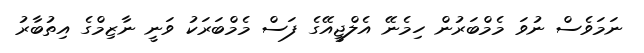
ނަމަވެސް ނުވަ މެމްބަރުން ހިމެނޭ އެލްޖީއޭގެ ފަސް މެމްބަރަކު ވަނީ ނާޒިމްގެ އިތުބާރު